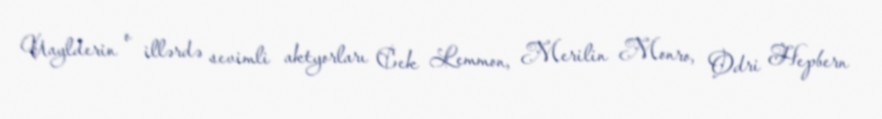
Uaylderin o illərdə sevimli aktyorları Cek Lemmon, Merilin Monro, Odri Hepbern